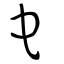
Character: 它